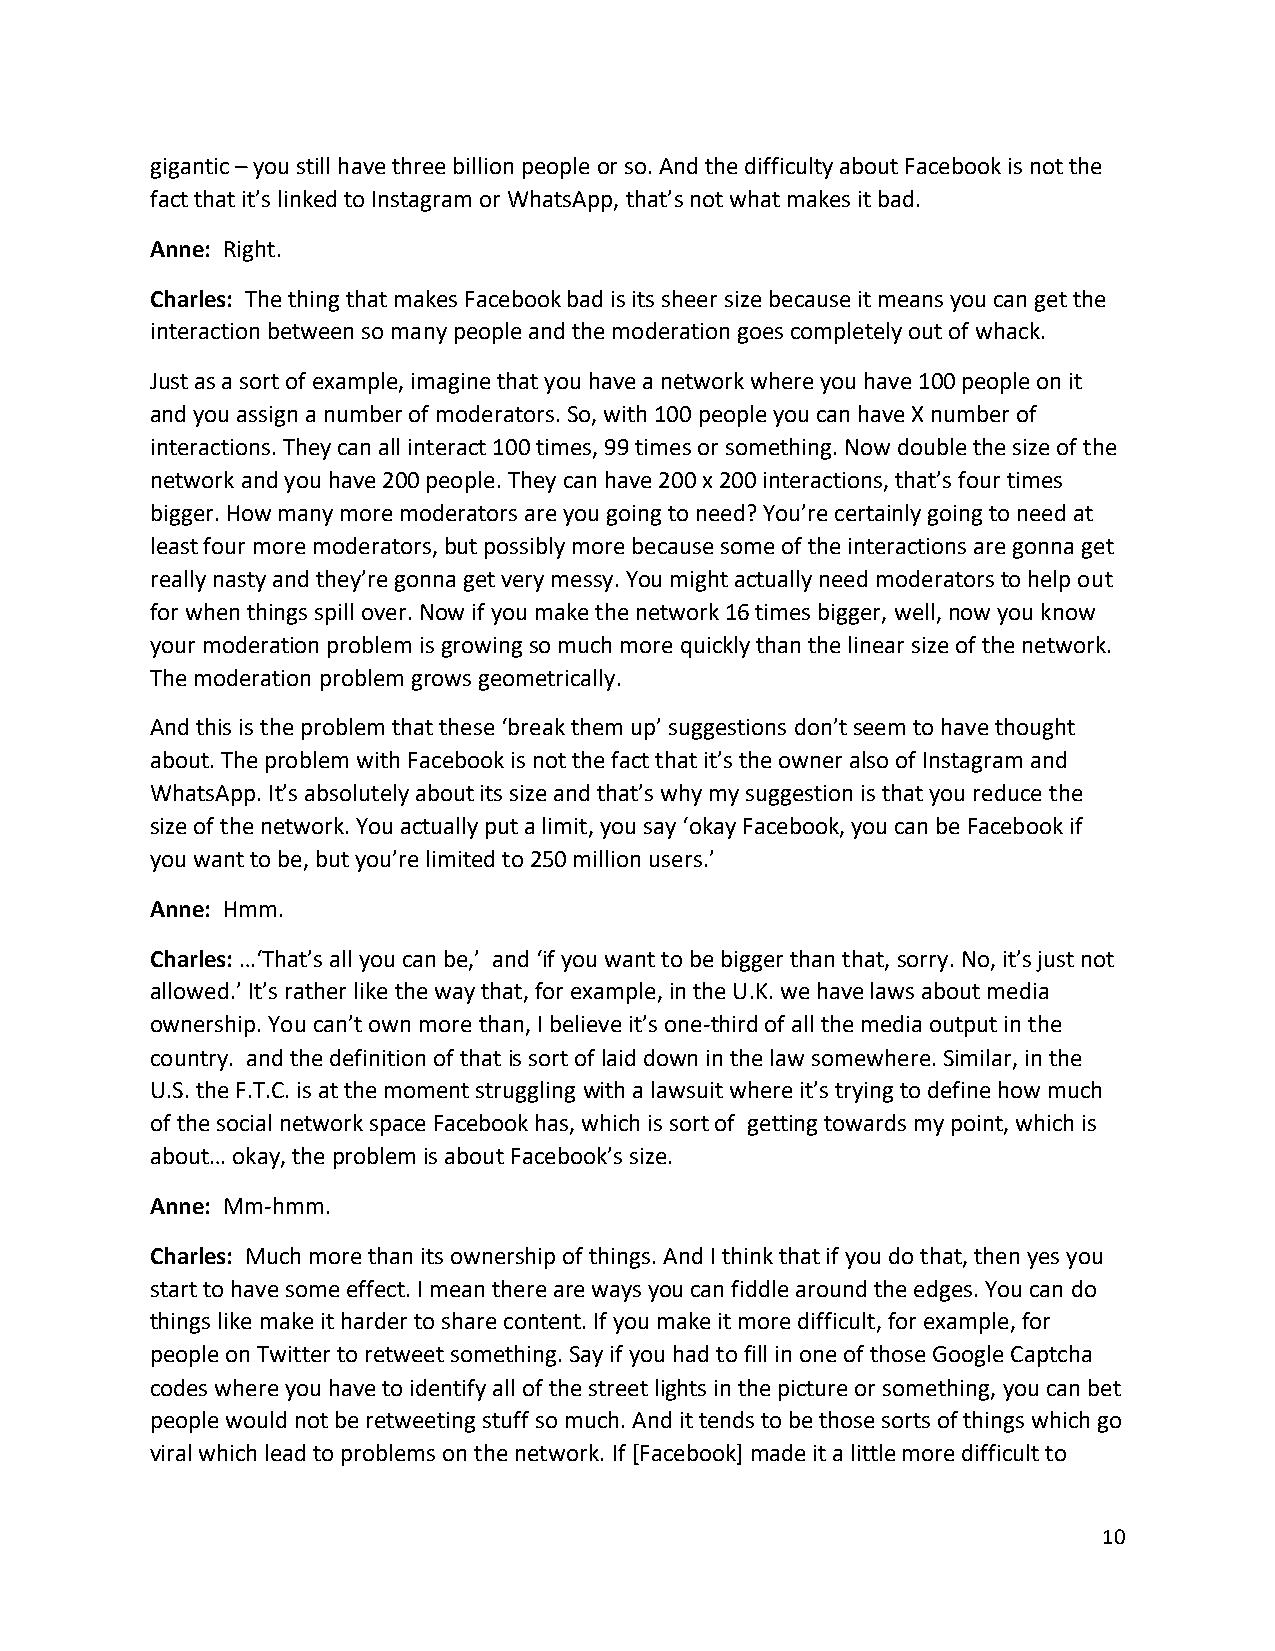
gigantic – you still have three billion people or so. And the difficulty about Facebook is not the
 fact that it’s linked to Instagram or WhatsApp, that’s not what makes it bad.
 Anne: Right.
 Charles: The thing that makes Facebook bad is its sheer size because it means you can get the
 interaction between so many people and the moderation goes completely out of whack.
 Just as a sort of example, imagine that you have a network where you have 100 people on it
 and you assign a number of moderators. So, with 100 people you can have X number of
 interactions. They can all interact 100 times, 99 times or something. Now double the size of the
 network and you have 200 people. They can have 200 x 200 interactions, that’s four times
 bigger. How many more moderators are you going to need? You’re certainly going to need at
 least four more moderators, but possibly more because some of the interactions are gonna get
 really nasty and they’re gonna get very messy. You might actually need moderators to help out
 for when things spill over. Now if you make the network 16 times bigger, well, now you know
 your moderation problem is growing so much more quickly than the linear size of the network.
 The moderation problem grows geometrically.
 And this is the problem that these ‘break them up’ suggestions don’t seem to have thought
 about. The problem with Facebook is not the fact that it’s the owner also of Instagram and
 WhatsApp. It’s absolutely about its size and that’s why my suggestion is that you reduce the
 size of the network. You actually put a limit, you say ‘okay Facebook, you can be Facebook if
 you want to be, but you’re limited to 250 million users.’
 Anne: Hmm.
 Charles: …‘That’s all you can be,’ and ‘if you want to be bigger than that, sorry. No, it’s just not
 allowed.’ It’s rather like the way that, for example, in the U.K. we have laws about media
 ownership. You can’t own more than, I believe it’s one-third of all the media output in the
 country. and the definition of that is sort of laid down in the law somewhere. Similar, in the
 U.S. the F.T.C. is at the moment struggling with a lawsuit where it’s trying to define how much
 of the social network space Facebook has, which is sort of getting towards my point, which is
 about… okay, the problem is about Facebook’s size.
 Anne: Mm-hmm.
 Charles: Much more than its ownership of things. And I think that if you do that, then yes you
 start to have some effect. I mean there are ways you can fiddle around the edges. You can do
 things like make it harder to share content. If you make it more difficult, for example, for
 people on Twitter to retweet something. Say if you had to fill in one of those Google Captcha
 codes where you have to identify all of the street lights in the picture or something, you can bet
 people would not be retweeting stuff so much. And it tends to be those sorts of things which go
 viral which lead to problems on the network. If [Facebook] made it a little more difficult to
 10